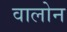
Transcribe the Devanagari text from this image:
वालोन